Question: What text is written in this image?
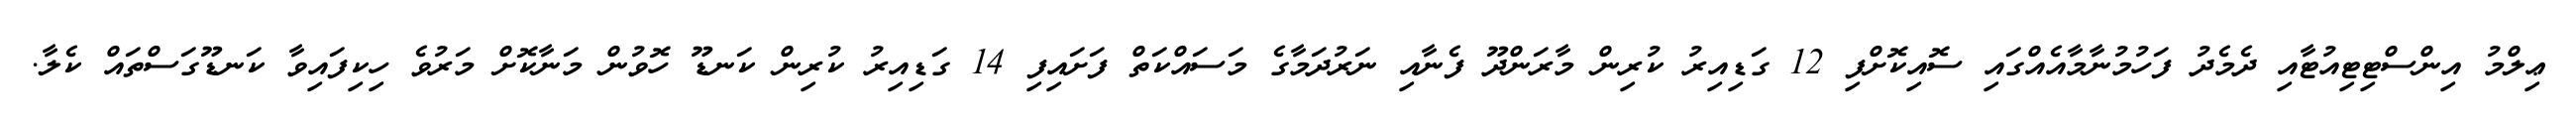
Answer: ޢިލްމު އިންސްޓިޓިއުޓާއި ދެމެދު ފަހުމުނާމާއެއްގައި ސޮއިކޮށްފި 12 ގަޑިއިރު ކުރިން މާރަންދޫ ފެނާއި ނަރުދަމާގެ މަސައްކަތް ފަށައިފި 14 ގަޑިއިރު ކުރިން ކަނޑޫ ހޮވުން މަނާކޮށް މަރުވެ ހިކިފައިވާ ކަނޑޫގަސްތައް ކެލާ.